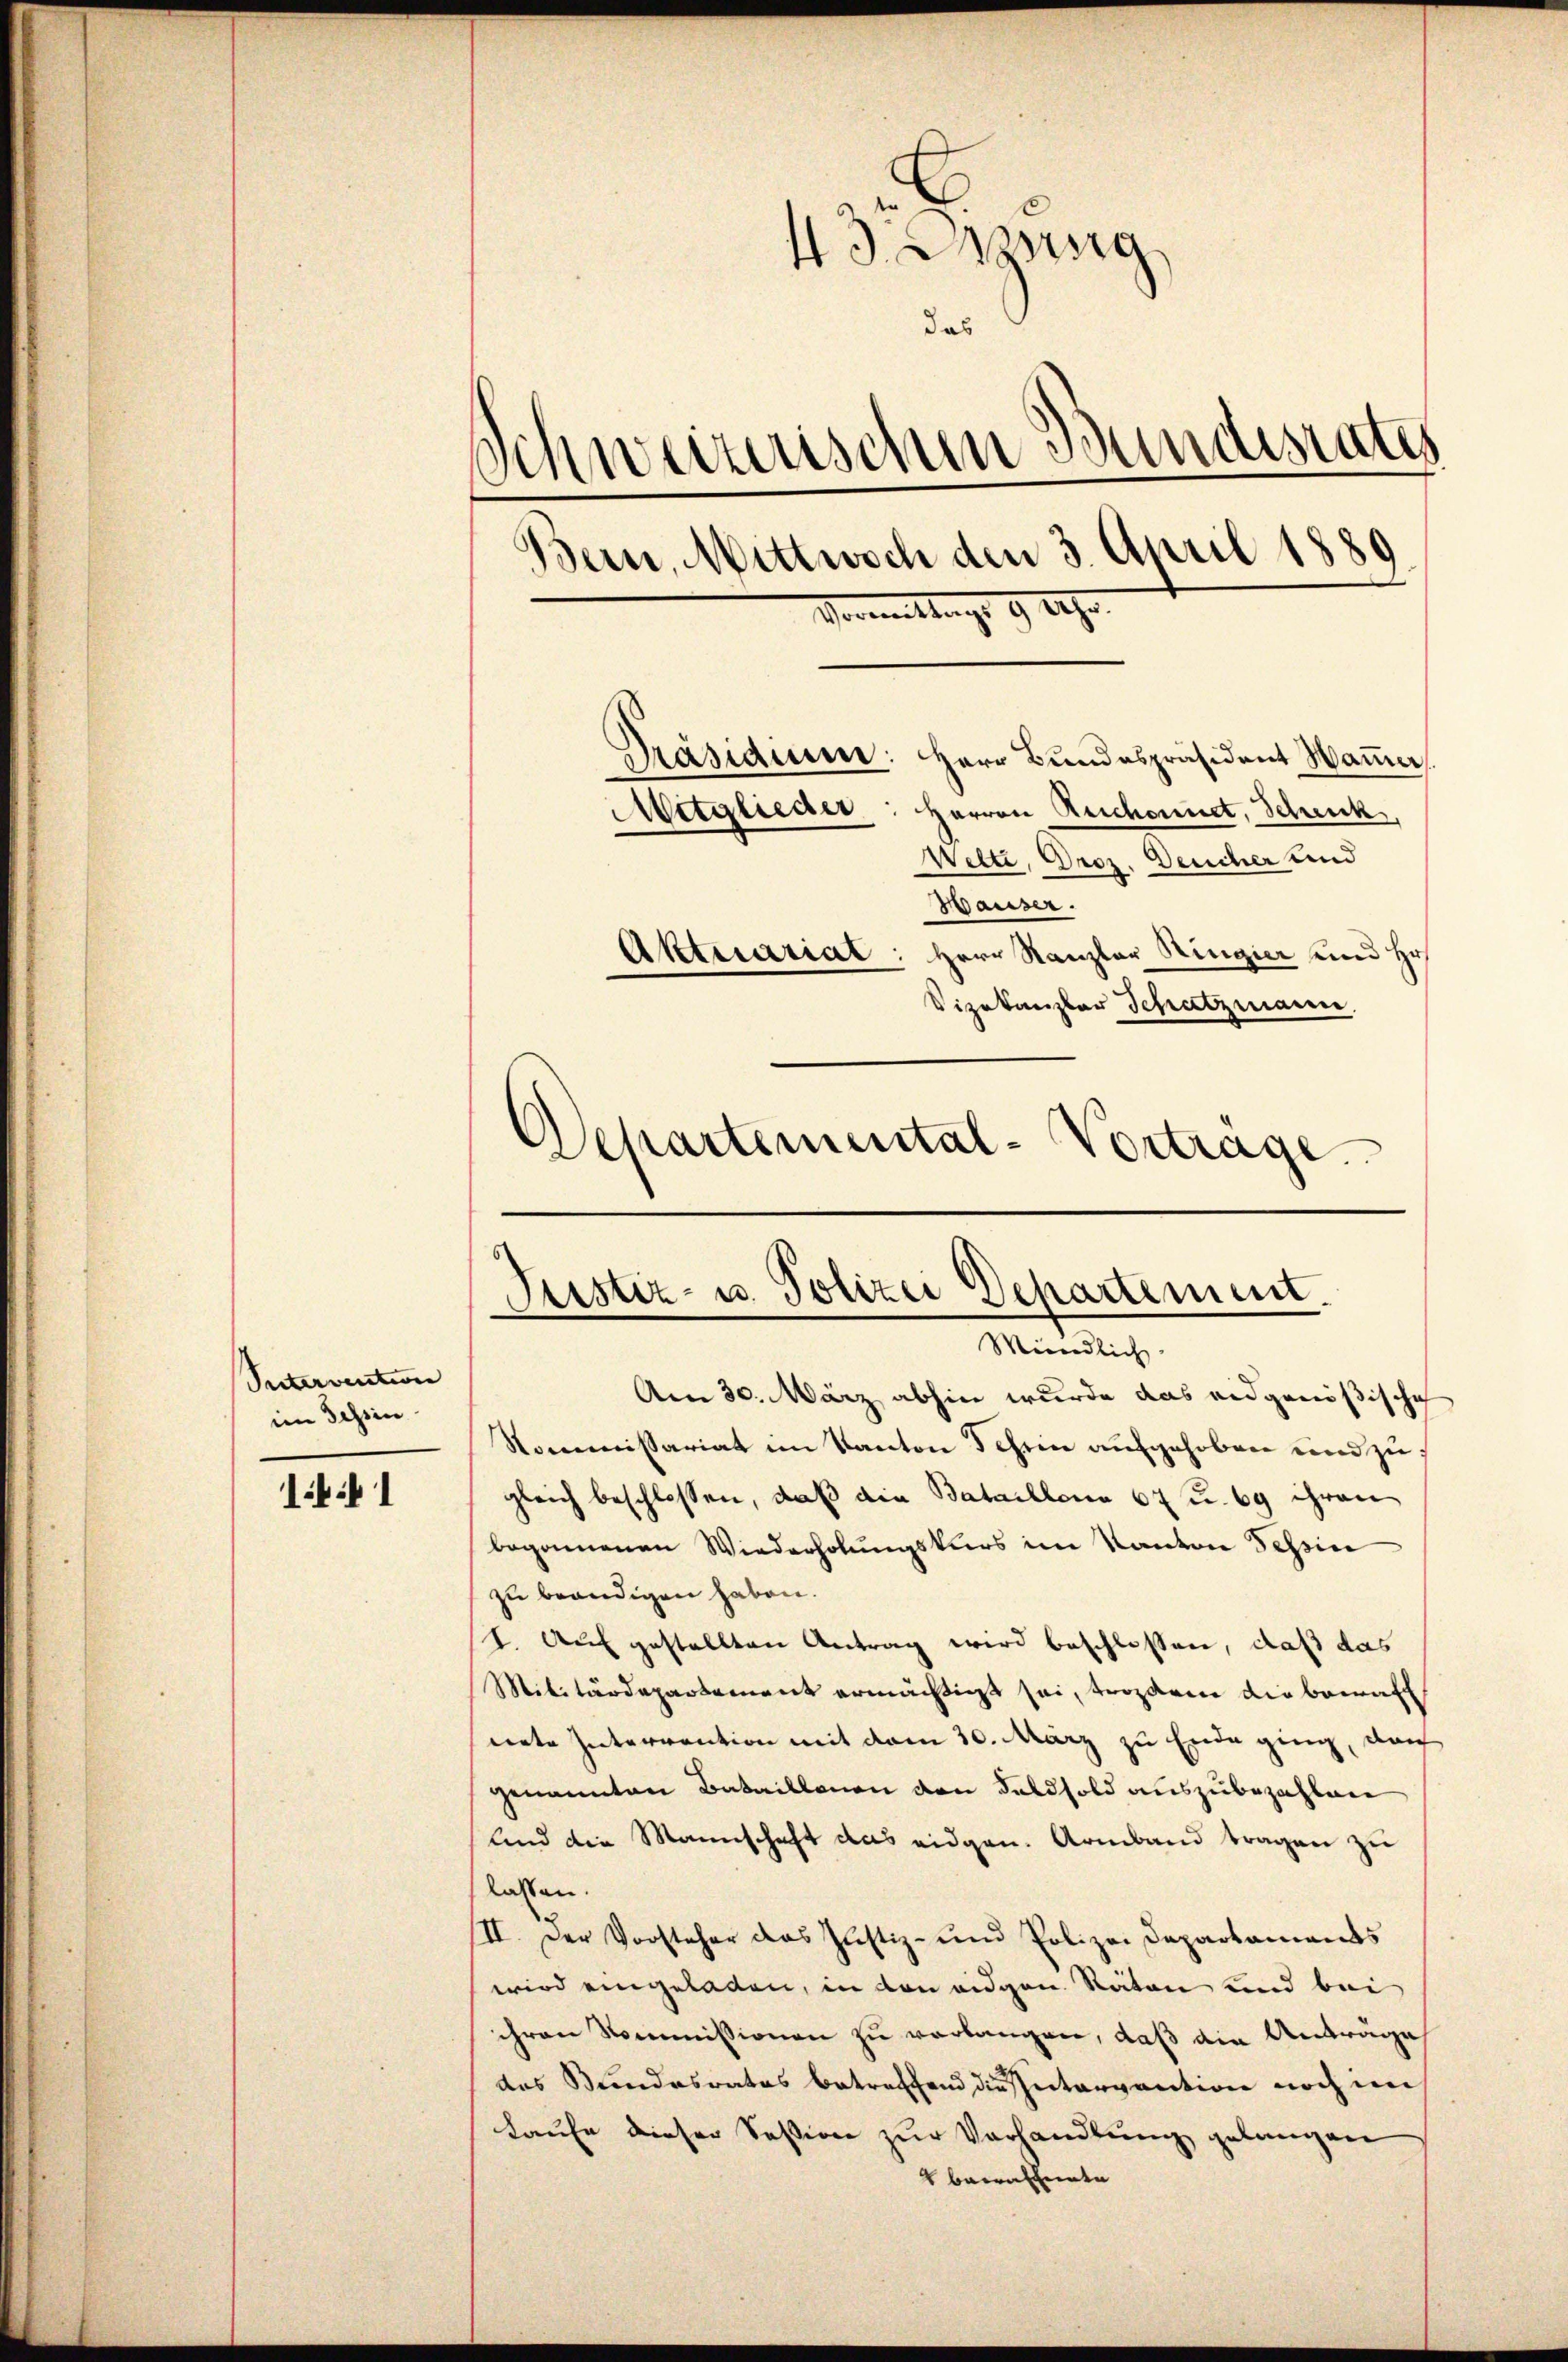
Sutervention |
im Tessin

14 f 1

43. Dang
das
Schweizerischen Bundesrates
Bern, Mittwoch den 3. April 1889
Vormittags 9 Uhr.
Präsidium: Herr Bundespräsident Waṅer
Mitglieder: Herren Reschonnet, Schenck
Wette, Droz. Deucher und
Waiser.
Aktuariat: Herr Kanzler Ringier und Hr.
Vizekanzler Schatzmann.
Schartemental-Vortrage

Justiz- u. Polizei Departement.
Mündlich
Am 30. März abhin wurde das eidgenößische

Kommissariat im Kanton Schein aufgehoben und zu
gleich beschlossen, daß die Bataillona 67 u. 69 ihren
begonnenen Wiederholungskurs im Kanton Tessin
zu beendigen haben.
I. Auf gestellten Antrag wird beschlossen, daß das
Militärdepartement ermächtigt sei, trozdem die bewaff
nete Interrention mit dem 30. März zu Ende ging, da
genannten Bataillonen von Feldsold auszubezahlen
Und die Mannschaft das eidgen. Armband tragen zu
lassen.
II. Der Vorsteher das Justiz- und Polizei Departaments
wird eingeladen, in den eidgen Räten und bei
ihren Kommissionen zu verlangen, daß die Anträge
das Bundesrates betreffend die Intervantion noch im
Laufe dieser Session zur Verhandlung gelangen
4 berrathente